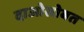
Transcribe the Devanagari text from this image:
दाओसोबत